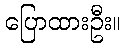
ပြောထားဦး။